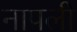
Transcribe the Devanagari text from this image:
नापली